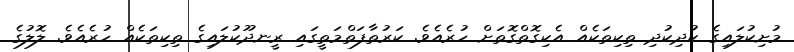
މުށިކުލައިގެ ކުދިކުދި ތިކިތަކެއް އެކިގޮތްގޮތަށް ހުރެއެވެ. ކަރުތާފަތްމަތީގައި ރީނދޫކުލައިގެ ތިކިތަކެއް ހުރެއެވެ. ލޮލުގެ